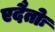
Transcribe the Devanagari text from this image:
एदैतोः